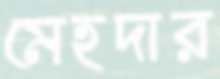
মেহদার